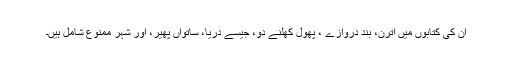
اُن کی کتابوں میں اترن، بند دروازے ، پھول کھلنے دو، جیسے دریا، ساتواں پھیر، اور شہر ممنوع شامل ہیں۔